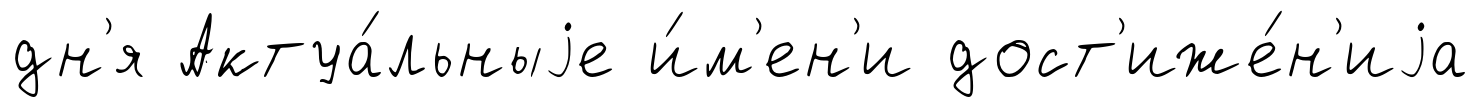
дн'я Актуа́льныjе и́м'ен'и дост'иже́н'иjа